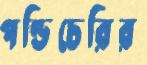
পণ্ডিচেরির